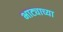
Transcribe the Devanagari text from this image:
भाट्याच्या